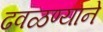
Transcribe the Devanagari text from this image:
ढवळण्याने